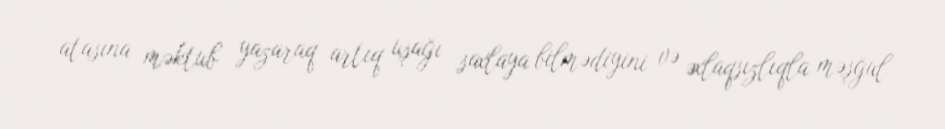
atasına məktub yazaraq artıq uşağı saxlaya bilmədiyini və əxlaqsızlıqla məşğul